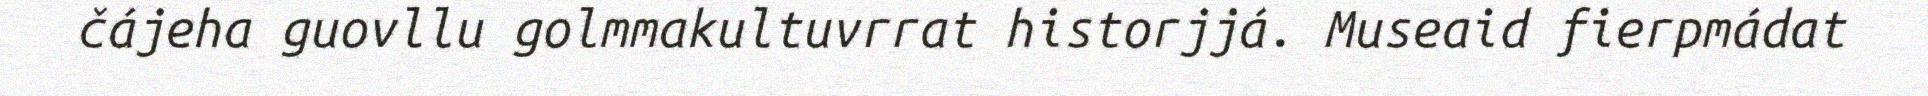
čájeha guovllu golmmakultuvrrat historjjá. Museaid fierpmádat